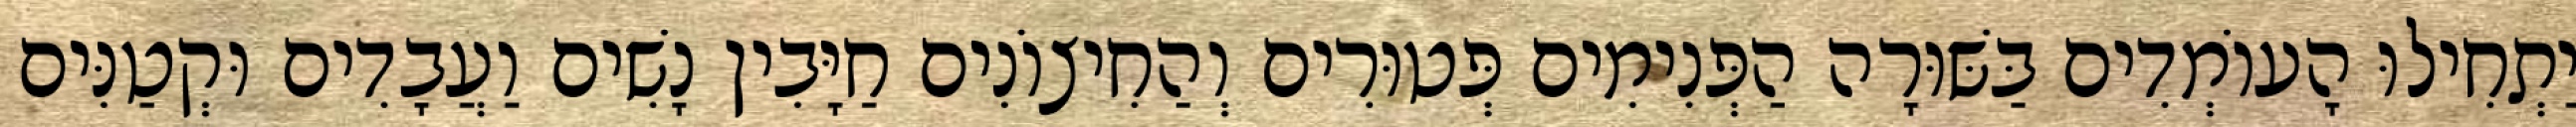
יַתְחִילוּ הָעוֹמְדִים בַּשּׁוּרָה הַפְּנִימִים פְּטוּרִים וְהַחִיצוֹנִים חַיָּבִין נָשִׁים וַעֲבָדִים וּקְטַנִּים